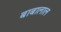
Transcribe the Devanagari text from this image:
बाबालाल